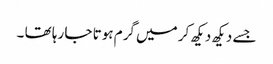
جسے دیکھ دیکھ کر میں گرم ہوتا جا رہا تھا ۔